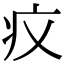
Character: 𤴧